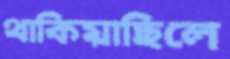
থাকিয়াছিলে